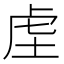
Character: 𮓛